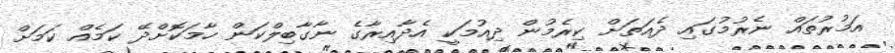
އަމުރުތައް ނެރުމުގައި ދެއަތަށް ކިރެމުން ދިއުމަކީ އެދާއިރާގެ ނާގާބިލްކަން ހާމަކޮށްދޭ ކަމެއް ކަމަށް